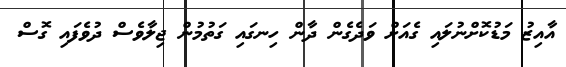
އާއިޒު މަޑުކޮށްނުލައި ގެއަށް ވަދެގެން ދާން ހިނގައި ގަތުމުން ޖިލާވެސް ދުވެފައި ގޮސް